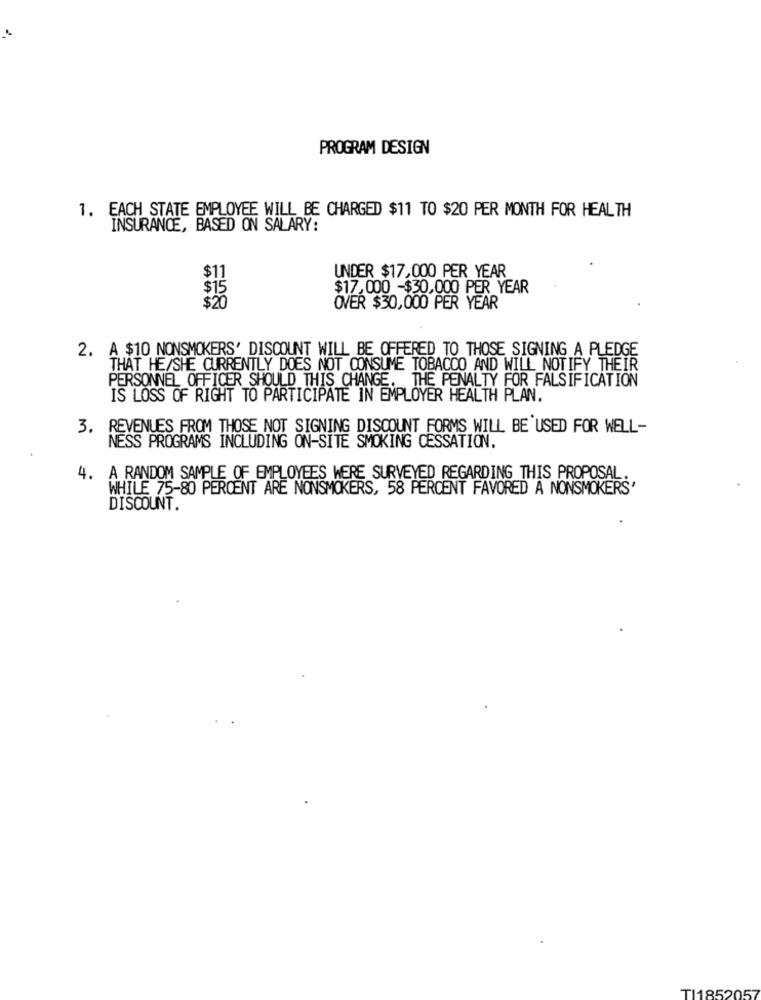
PROGRAM DESIGN
1. EACH STATE EMPLOYEE WILL BE CHARGED $11 TO $20 PER MONTH FOR HEALTH
INSURANCE, BASED ON SALARY:
$11
UNDER $17,000 PER YEAR
$15
$17,000 -$30,000 PER YEAR
$20
OVER $30,000 PER YEAR
2. A $10 NONSMOKERS' DISCOUNT WILL BE OFFERED TO THOSE SIGNING A PLEDGE
THAT HE/SHE CURRENTLY DOES NOT CONSUME TOBACCO AND WILL NOTIFY THEIR
PERSONNEL OFFICER SHOULD THIS CHANGE. THE PENALTY FOR FALSIFICATION
IS LOSS OF RIGHT TO PARTICIPATE IN EMPLOYER HEALTH PLAN.
3. REVENUES FROM THOSE NOT SIGNING DISCOUNT FORMS WILL BE USED FOR WELL-
NESS PROGRAMS INCLUDING ON-SITE SMOKING CESSATION.
4. A RANDOM SAMPLE OF EMPLOYEES WERE SURVEYED REGARDING THIS PROPOSAL.
WHILE 75-80 PERCENT ARE NONSMOKERS, 58 PERCENT FAVORED A NONSMOKERS'
DISCOUNT.
TI1852057